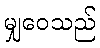
မျှဝေသည်